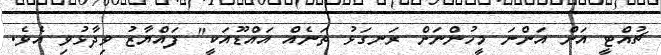
ޗުއްޓީ އަށް އަންނަ މީހުންނަށް ރަނގަޅު ތަނެއް އައްޑޫއަކީ" ފައްޔާޒު ވިދާޅުވި އެވެ.